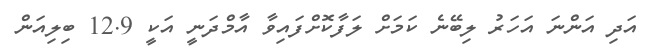
އަދި އަންނަ އަހަރު ލިބޭނެ ކަމަށް ލަފާކޮށްފައިވާ އާމްދަނީ އަކީ 12.9 ބިލިއަން